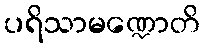
ပရိသာမဏ္ဍောတိ